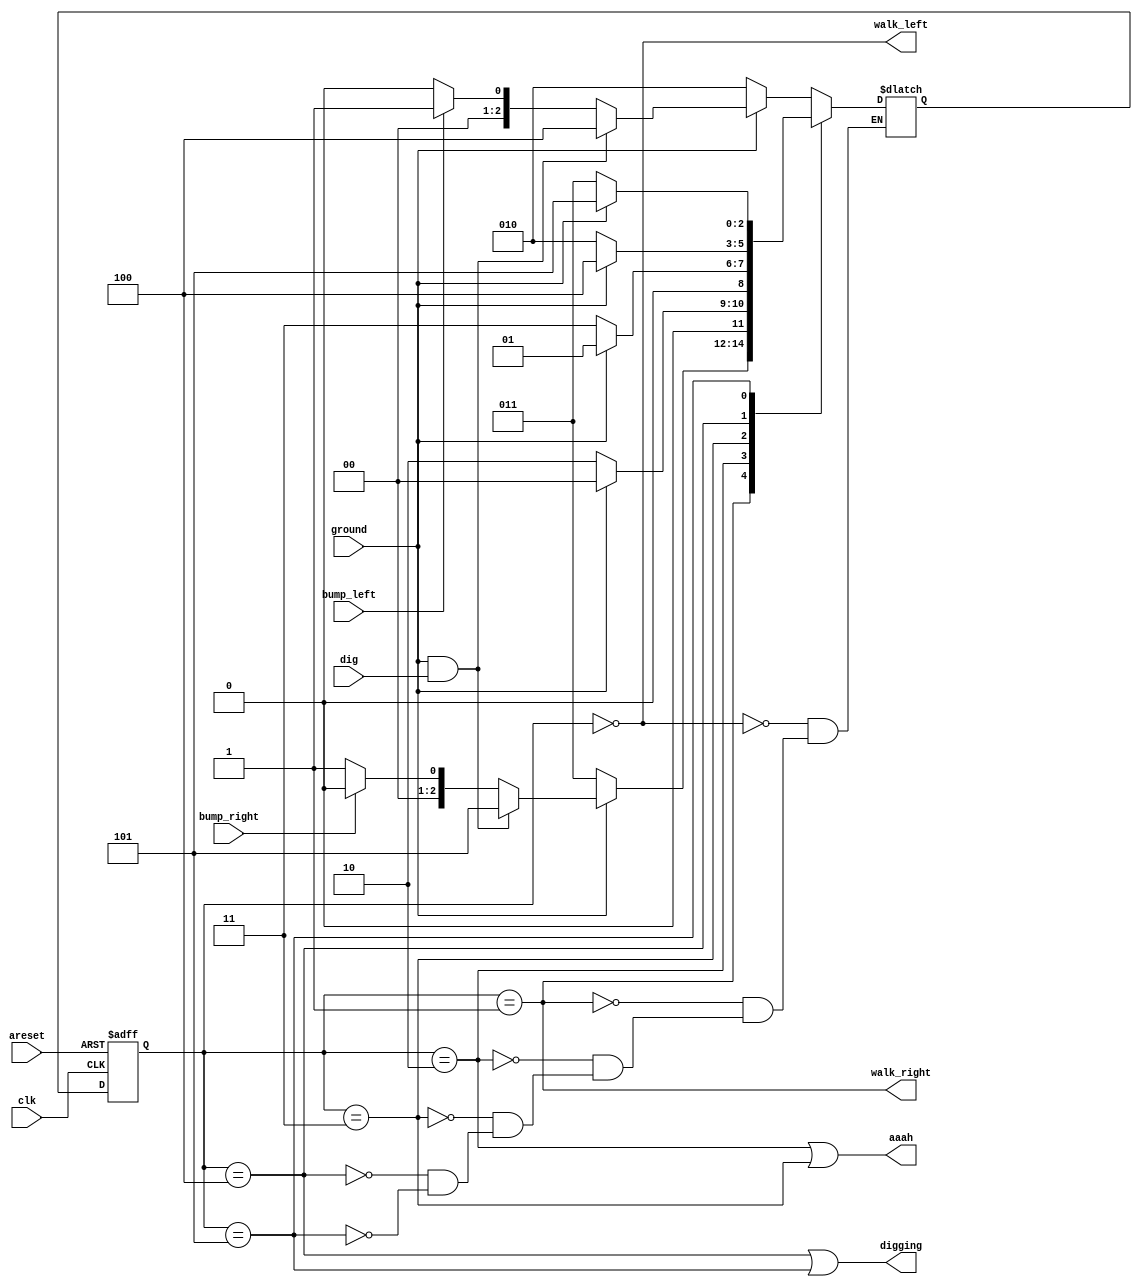
module top_module(
    input clk,
    input areset,    // Freshly brainwashed Lemmings walk left.
    input bump_left,
    input bump_right,
    input ground,
    input dig,
    output walk_left,
    output walk_right,
    output aaah,
    output digging );
    
    parameter left=0, right=1, fall_l=2, fall_r=3, dig_l=4, dig_r=5;
    reg [2:0] state, next_state;
    
    always @(*)    begin
        case(state)
            left:  begin
                if(~ground)
                    next_state <= fall_l;
                else if(ground & dig)
                    next_state <= dig_l;
                else if(bump_left)
                     next_state <= right;
                else
                     next_state <= left;
                
            end
            right:  begin
                if(~ground)
                    next_state <= fall_r;
                else if(ground & dig)
                    next_state <= dig_r;
                else if(bump_right)
                    next_state <= left;
                else
                    next_state <= right;
            end
            fall_l:  begin
                if(ground)
                    next_state <= left;
                else
                    next_state <= fall_l;
            end
            fall_r:  begin
                if(ground)
                    next_state <= right;
                else
                    next_state <= fall_r;
            end
            dig_l: begin
                if(~ground)
                    next_state <= fall_l;
                else
                    next_state <= dig_l;
            end
            dig_r:    begin
                if(~ground)
                    next_state <= fall_r;
                else
                    next_state <= dig_r;
            end
                
        endcase
    end
    
    always @(posedge clk or posedge areset)   begin
        if(areset)
            state <= left;
        else
            state <= next_state;
    end
    
    assign walk_left = (state==left);
    assign walk_right = (state==right);
    assign aaah = (state==fall_l)|(state==fall_r);
    assign digging = (state==dig_l)|(state==dig_r);
endmodule